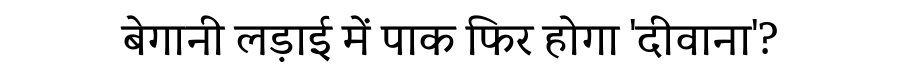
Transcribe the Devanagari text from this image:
बेगानी लड़ाई में पाक फिर होगा 'दीवाना'?